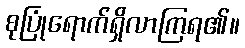
စုပြုံရောက်ရှိလာကြရ၏။